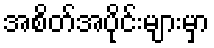
အစိတ်အပိုင်းများမှာ